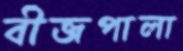
বীজপালা